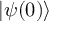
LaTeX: | \psi ( 0 ) \rangle